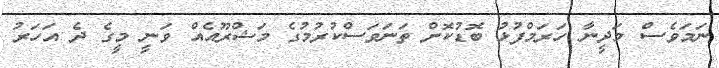
ނަމަވެސް މަދީނާ ހަރަމްފުޅު ބޮޑުކޮށް ތަނަވަސްކުރުމުގެ މަޝްރޫއެއް ވަނީ މީގެ ދެ އަހަރު